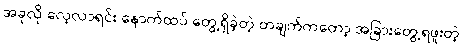
အခုလို လေ့လာရင်း နောက်ထပ် တွေ့ရှိခဲ့တဲ့ တချက်ကတော့ အခြားတွေ့ရဖူးတဲ့